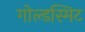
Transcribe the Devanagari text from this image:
गोल्डस्मिट